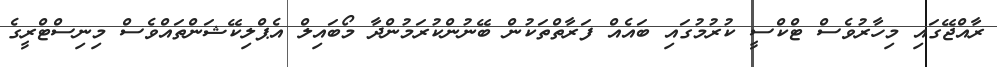
ރާއްޖޭގައި މިހާރުވެސް ޓްކްސީ ކުރުމުގައި ބައެއް ފަރާތްތަކުން ބޭނުންކުރަމުންދާ މޯބައިލް އެޕްލިކޭޝަންތައްވެސް މިނިސްޓްރީގެ